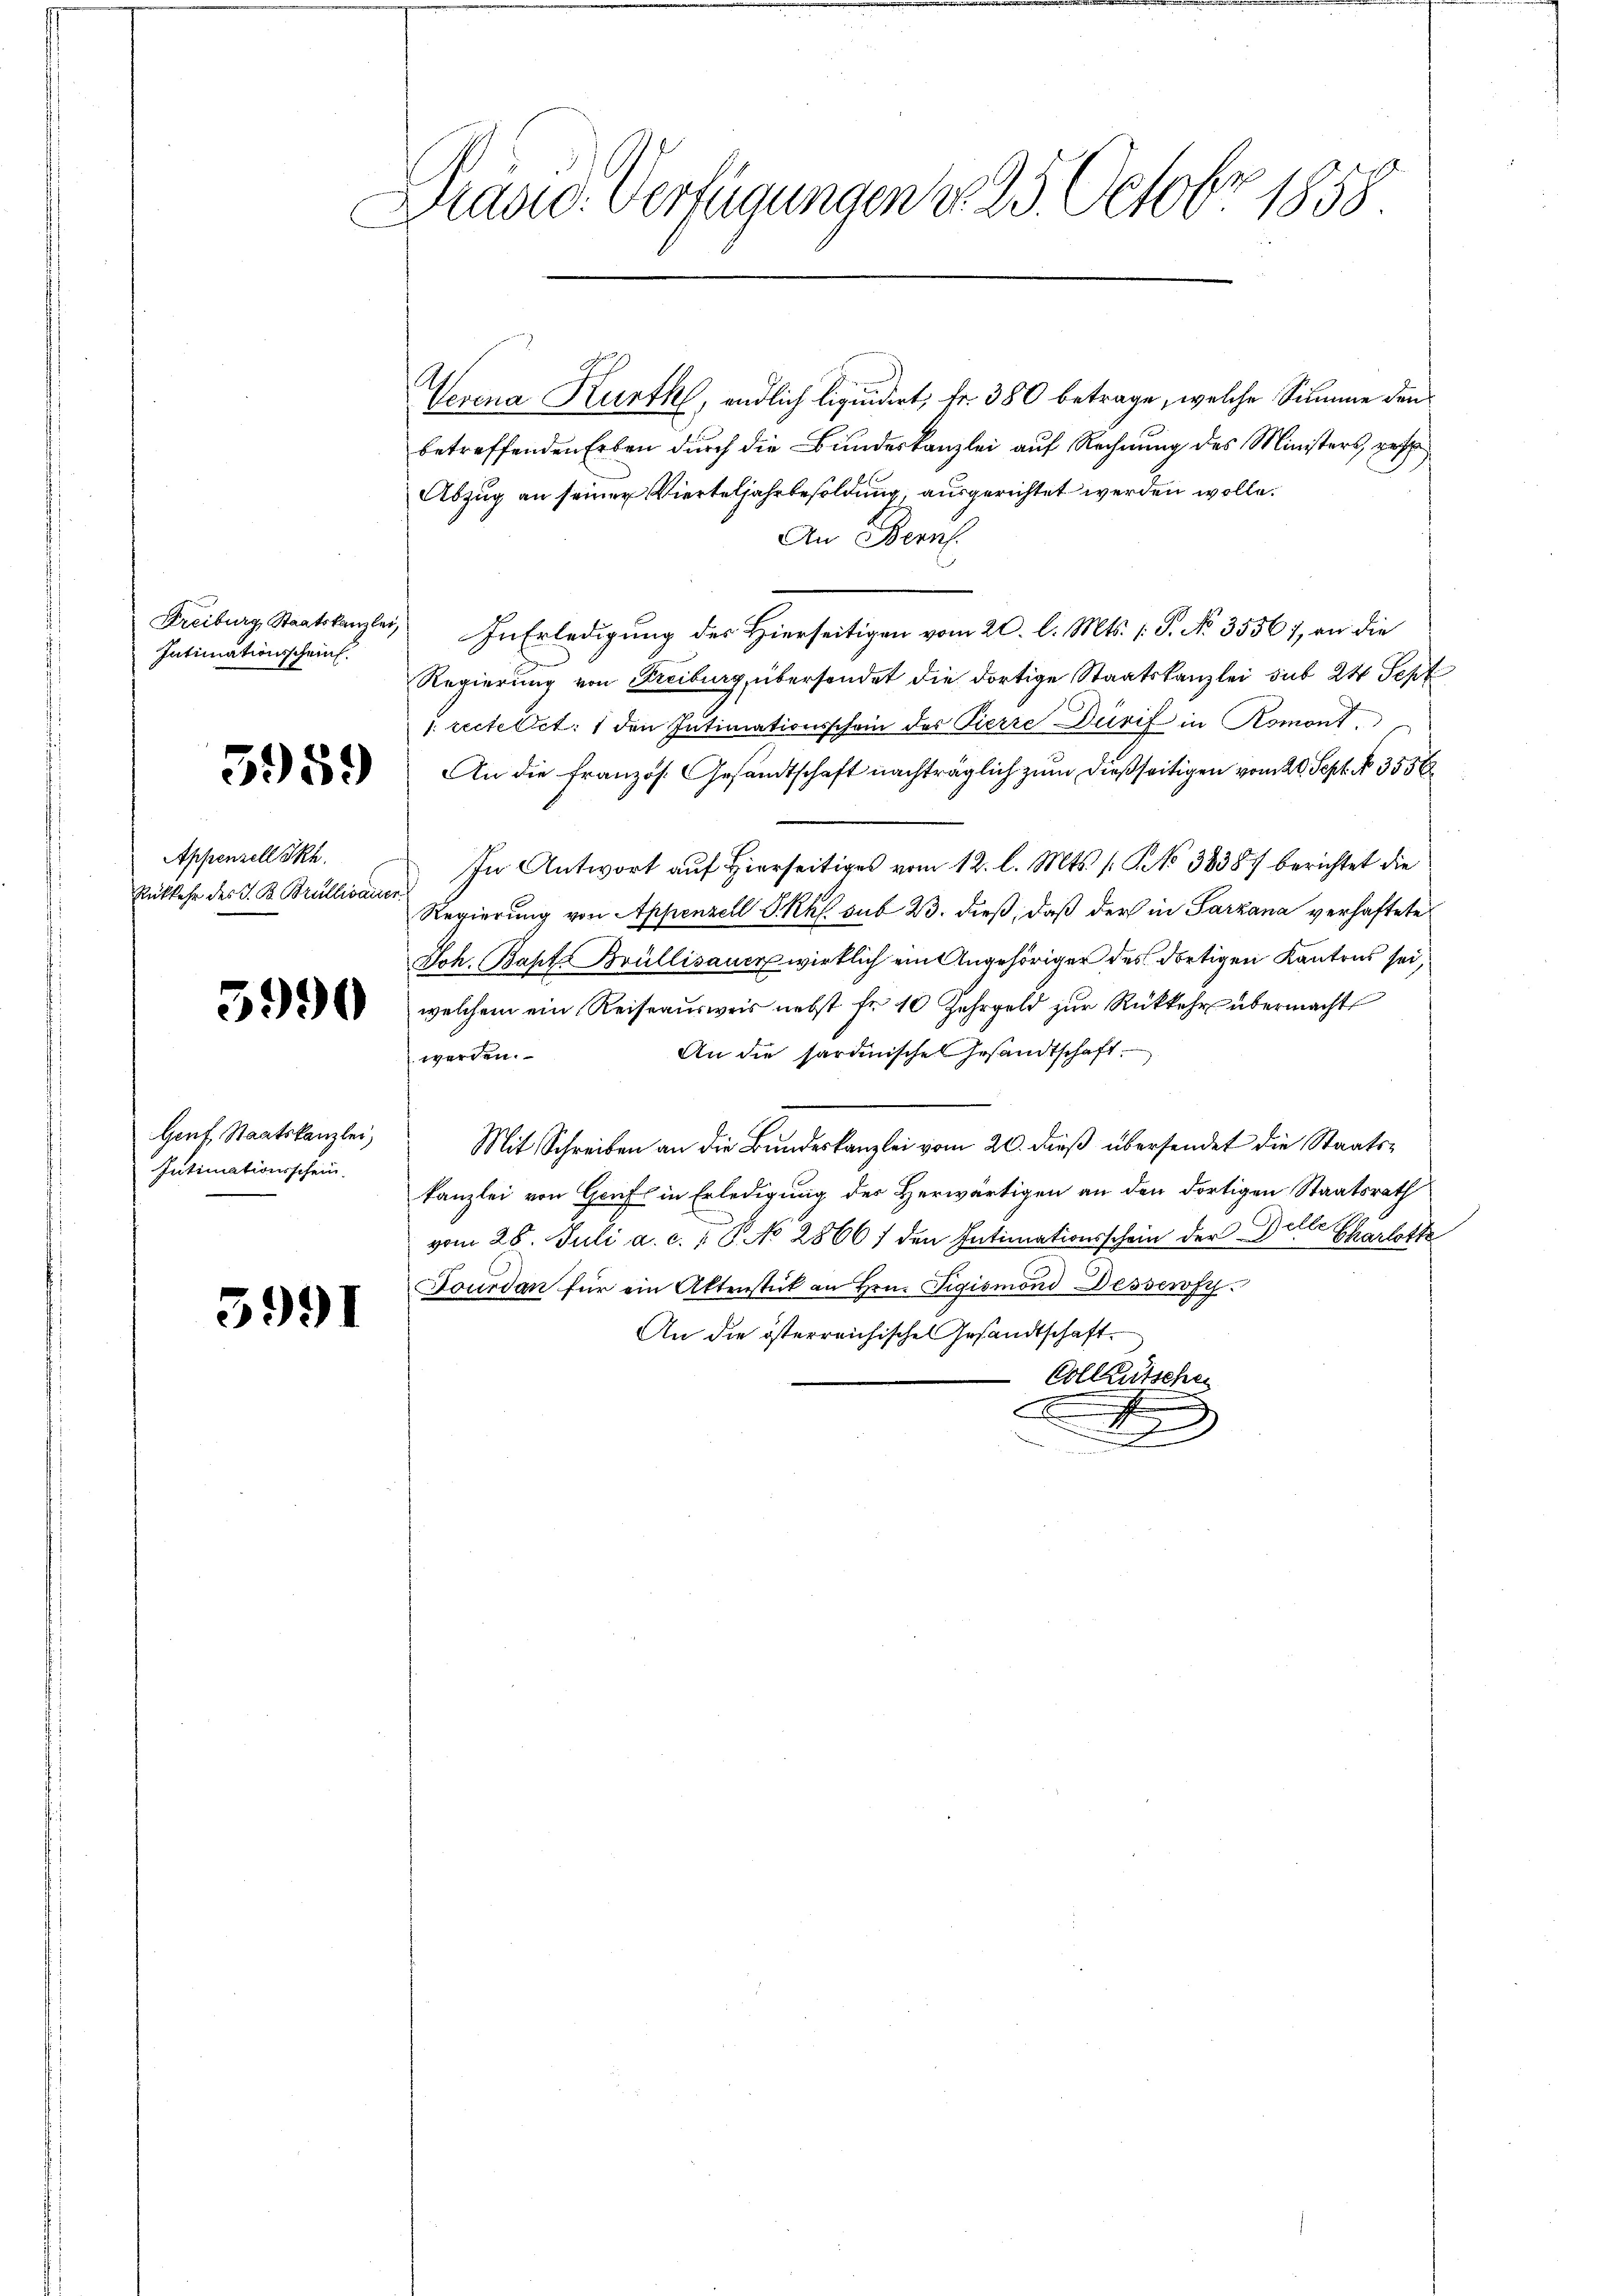
Intimationsscheint.

3959

Appenzell Skh.
Rükkehr des J. B. Brullisauer.

5990

Genf, Staatskanzlei,
Intimationsschein

3991

Präsid. Verfügungen d. 25. Octobr 1858

Verena Kurth, endlich liquidirt, fr. 380 betrage, welche Summe den
betreffenden Erben durch die Bundeskanzlei auf Rechnung des Ministers, gesch
Abzug an seiner Vierteljahrbesoldung, ausgerichtet werden wolle.
An Bern.
Freiburg Staatskanzler, In Erledigung des Hierseitigen vom 20. l. Mts. 1. J. No. 3556/, an die
Regierung von Freiburg, übersendet die dortige Staatskanzlei sub 24 Sept
/. rectettet. 1 den Intimationsschon des Fierze Dürif in Romont.
An die französ. Gesandtschaft nachträglich zum dießseitigen vom 20. Sept. No 3556
In Antwort auf Hierseitiges vom 12. l. Mts. [§ 38387 berichtet die
Regierung von Appenzell Skkl sub 23. dieß, daß der in Sarzana verhaftete
Joh. Bapt. Brüllisauer wirklich ein Angehöriger des dortigen Kantons sei,
welchem ein Reiseaŭsweis nebst fr. 10 Jahrgeld zŭr Rückkehr übermacht
An die sardinische Gesandtschaft.
werden.
Mit Schreiben an die Bundeskanzlei vom 20. dieß übersendet die Staatskanzlei von Genf in Erledigung des Herwärtigen an den dortigen Staatsrath
vom 28. Juli a. c. 18. No 2866) den Intimationsschein der Dille Charlotte
Fourdan für ein Aktenstück an Hrn. Sigismoni Dessewfy.
An die österreichischen Gesandtschaft.
Colleutschei
F